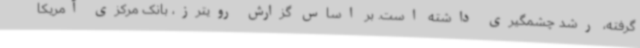
گرفته، رشد چشمگیری داشته است. بر اساس گزارش رویترز، بانک مرکزی آمریکا